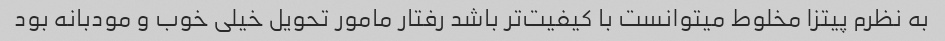
به نظرم پیتزا مخلوط میتوانست با کیفیت‌تر باشد رفتار مامور تحویل خیلی خوب و مودبانه بود